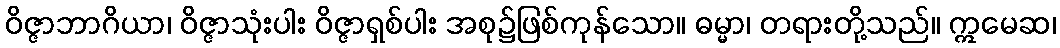
ဝိဇ္ဇာဘာဂိယာ၊ ဝိဇ္ဇာသုံးပါး ဝိဇ္ဇာရှစ်ပါး အစု၌ဖြစ်ကုန်သော။ ဓမ္မာ၊ တရားတို့သည်။ ဣမေဆ၊